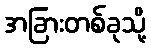
အခြားတစ်ခုသို့